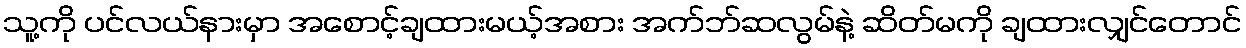
သူ့ကို ပင်လယ်နားမှာ အစောင့်ချထားမယ့်အစား အက်ဘ်ဆလွမ်နဲ့ ဆိတ်မကို ချထားလျှင်တောင်